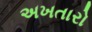
અખતારો